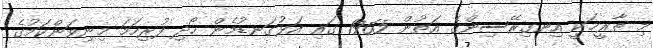
މި ތާރީޚަކީ އިނގިރޭސިންގެ އަތުން 1965 ގައި އަޅުގަނޑުމެން ހޯދި ފުރިހަމަ މިނިވަންކަމުގެ